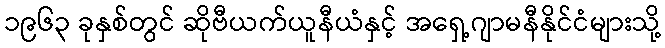
၁၉၆၃ ခုနှစ်တွင် ဆိုဗီယက်ယူနီယံနှင့် အရှေ့ဂျာမနီနိုင်ငံများသို့